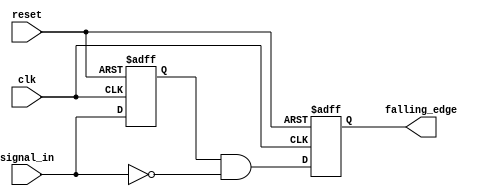
module falling_edge_detector (
    input wire clk,            // Clock input
    input wire reset,          // Asynchronous reset
    input wire signal_in,      // Input signal to monitor
    output reg falling_edge    // Output signal indicating falling edge detection
);

    reg previous_state; // Memory block to store the previous state of signal_in

    // Always block triggered on clock edges or reset
    always @(posedge clk or posedge reset) begin
        if (reset) begin
            previous_state <= 1'b0; // Initialize previous_state on reset
            falling_edge <= 1'b0;    // Reset falling_edge output
        end else begin
            // Edge detection logic
            falling_edge <= (previous_state && !signal_in);
            previous_state <= signal_in; // Update previous state
        end
    end

endmodule